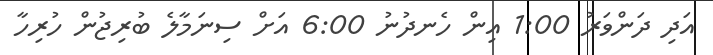
އަދި ދަންވަރު 1:00 އިން ހެނދުނު 6:00 އަށް ސިނަމާލެ ބުރިޖުން ހުރިހާ